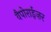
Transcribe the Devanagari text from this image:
वैपोराईज़र